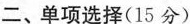
二、单项选择(15分)